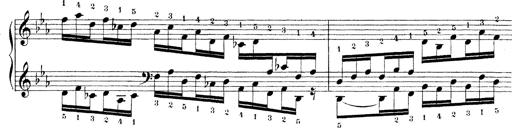
Title: Technische Studien
Composer: Franz Liszt